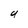
Character: U